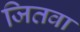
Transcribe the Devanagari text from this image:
जितवा